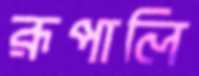
রূপালি